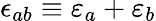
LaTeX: \epsilon_{ab}\equiv\varepsilon_{a}+\varepsilon_{b}